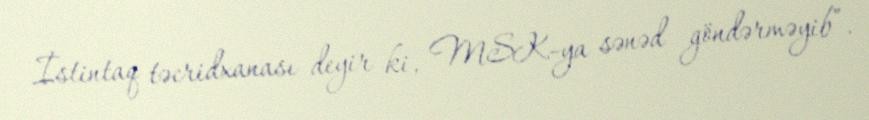
İstintaq təcridxanası deyir ki, MSK-ya sənəd göndərməyib”.